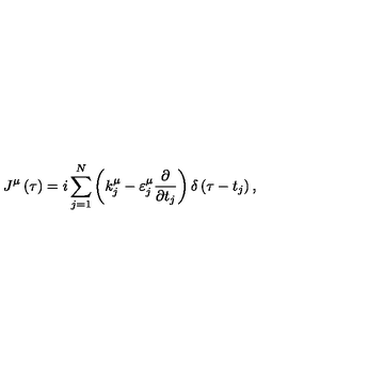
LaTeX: J ^ { \mu } \left( \tau \right) = i \sum _ { j = 1 } ^ { N } \left( k _ { j } ^ { \mu } - \varepsilon _ { j } ^ { \mu } \frac { \partial } { \partial t _ { j } } \right) \delta \left( \tau - t _ { j } \right) ,